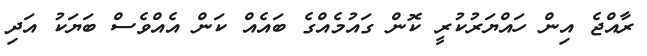
ރާއްޖެ އިން ހައްޔަރުކުރީ ކޮން ގައުމެއްގެ ބައެއް ކަން އެއްވެސް ބަޔަކު އަދި